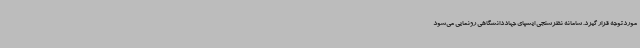
موردتوجه قرار گیرد. سامانه‌ نظرسنجی ایسپای جهاددانشگاهی رونمایی می‌شود